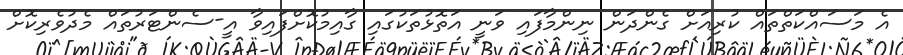
އެ މަސައްކަތްތައް ކުރިއަށް ގެންދަން ނިންމާފައި ވަނީ އަތޮޅުތަކުގައި ގާއިމުކޮށްފައިވާ އީ-ސެންޓަރުތައް މެދުވެރިކޮށް